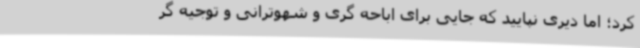
کرد؛ اما دیری نپایید که جایی برای اباحه گری و شهوترانی و توجیه گر